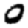
Digit: 0